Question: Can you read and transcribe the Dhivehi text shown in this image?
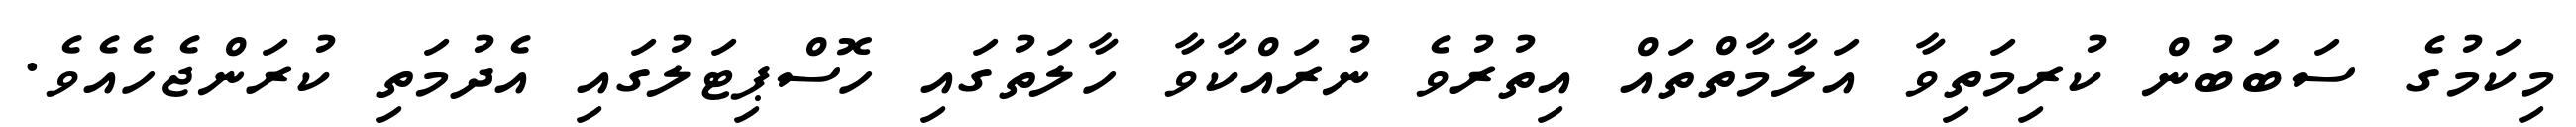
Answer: މިކަމުގެ ސަބަބުން ކުރިމަތިވާ އަލާމާތްތައް އިތުރުވެ ނުރައްކާވާ ހާލަތުގައި ހޮސްޕިޓަލުގައި އެދުމަތި ކުރަންޖެހެއެވެ.